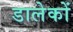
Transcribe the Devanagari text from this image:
डालेकों